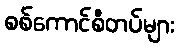
စစ်ကောင်စီတပ်များ